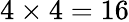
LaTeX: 4\times 4=16